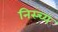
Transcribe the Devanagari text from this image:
निस्च्य